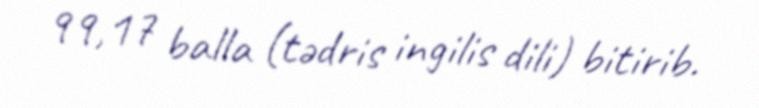
99,17 balla (tədris ingilis dili) bitirib.